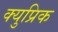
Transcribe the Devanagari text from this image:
क्युप्रिक